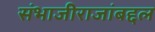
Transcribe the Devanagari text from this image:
संभाजीराजांबद्दल